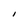
Character: I